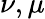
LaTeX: \nu,\mu